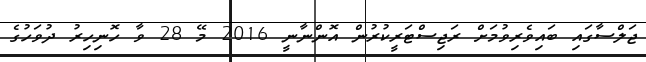
ޖަލްސާގައި ބައިވެރިވުމަށް ރަޖިސްޓަރީކުރުން އޮންނާނީ 2016 މޭ 28 ވާ ހޮނިހިރު ދުވަހުގެ